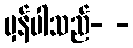
မှန်ပါသည်- -